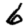
Digit: 6